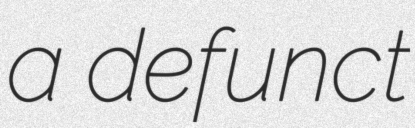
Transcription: a defunct